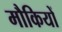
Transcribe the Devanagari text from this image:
मौकियों